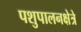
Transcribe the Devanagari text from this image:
पशुपालनक्षेत्रे